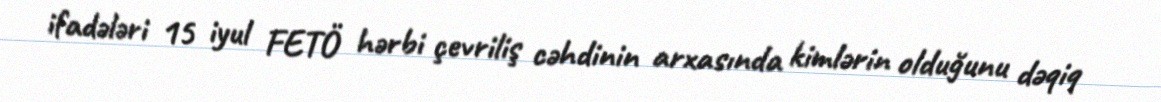
ifadələri 15 iyul FETÖ hərbi çevriliş cəhdinin arxasında kimlərin olduğunu dəqiq